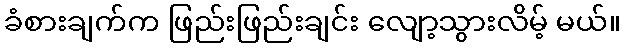
ခံစားချက်က ဖြည်းဖြည်းချင်း လျော့သွားလိမ့် မယ်။